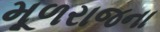
મૂળરાજના